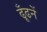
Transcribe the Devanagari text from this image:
ढूँढनें